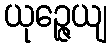
ယုဉ္ဇေယျ